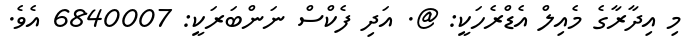
މި އިދާރާގެ މެއިލް އެޑްރެހަކީ: @. އަދި ފެކްސް ނަންބަރަކީ: 6840007 އެވެ.